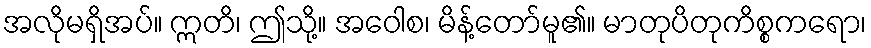
အလိုမရှိအပ်။ ဣတိ၊ ဤသို့။ အဝေါစ၊ မိန့်တော်မူ၏။ မာတုပိတုကိစ္စကရော၊